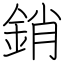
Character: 銷